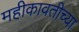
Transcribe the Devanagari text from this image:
महीकावतीच्या